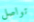
تواصل